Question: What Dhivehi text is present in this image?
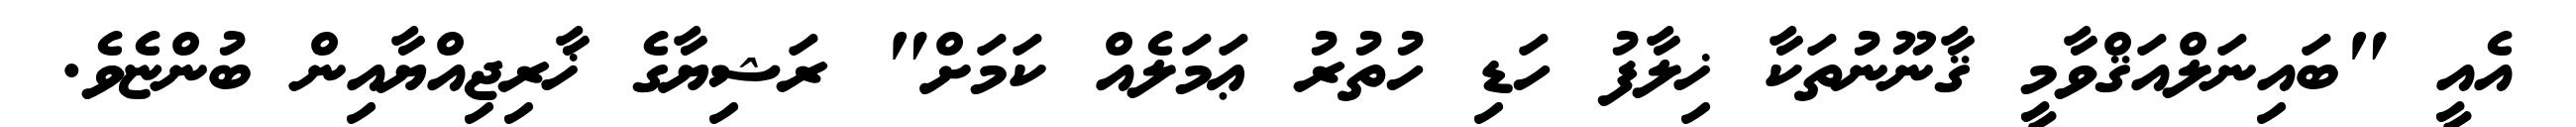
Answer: އެއީ "ބައިނަލްއަޤްވާމީ ޤާނޫނުތަކާ ޚިލާފު ހަޑި ހުތުރު ޢަމަލެއް ކަމަށް" ރަޝިޔާގެ ޚާރިޖިއްޔާއިން ބުންޏެވެ.